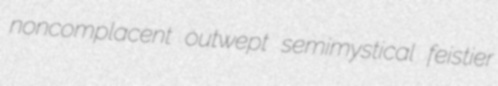
noncomplacent outwept semimystical feistier